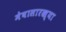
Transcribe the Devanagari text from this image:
मेघासारख्या